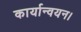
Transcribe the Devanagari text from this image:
कार्यान्वयन।